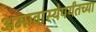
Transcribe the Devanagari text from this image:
अमावास्येपर्यंतच्या